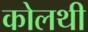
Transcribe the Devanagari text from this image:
कोलथी